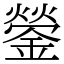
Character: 鎣